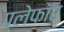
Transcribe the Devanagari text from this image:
प्लेफॉर